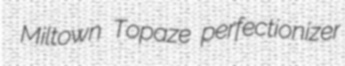
Miltown Topaze perfectionizer